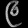
Digit: ၉